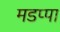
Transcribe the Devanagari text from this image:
मडप्पा